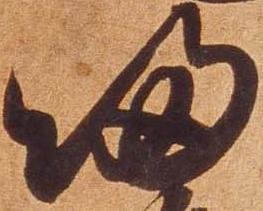
帰